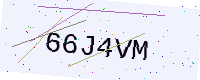
Text: 66J4VM